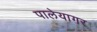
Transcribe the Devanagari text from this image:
पालेयागर